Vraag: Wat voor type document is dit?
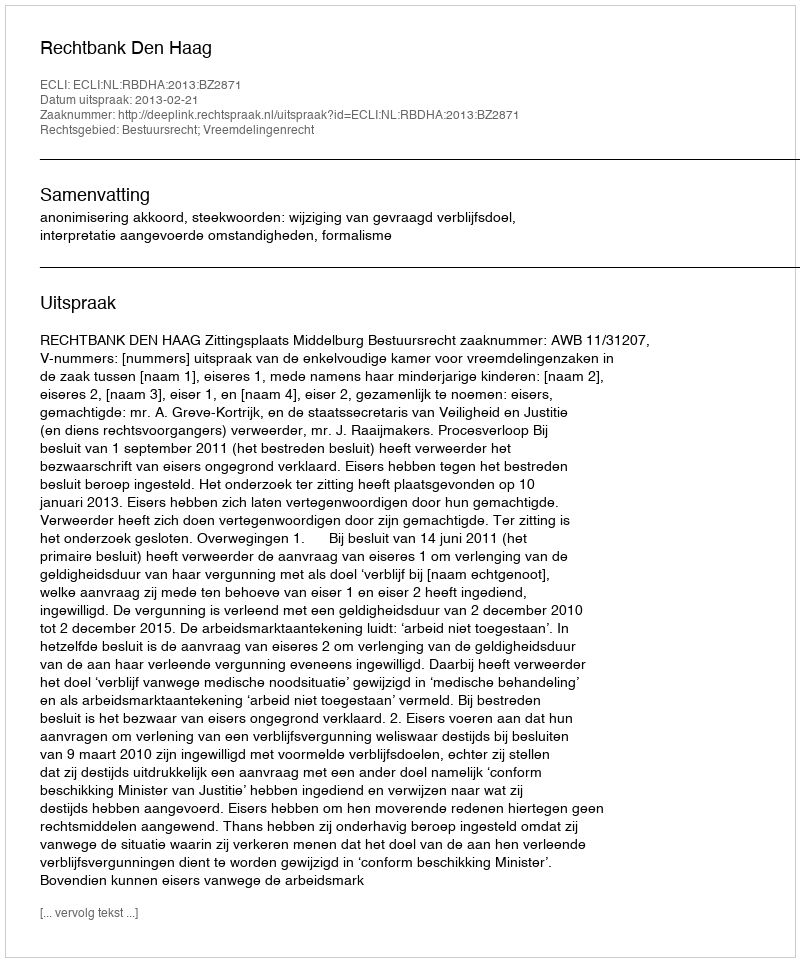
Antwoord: Uitspraak